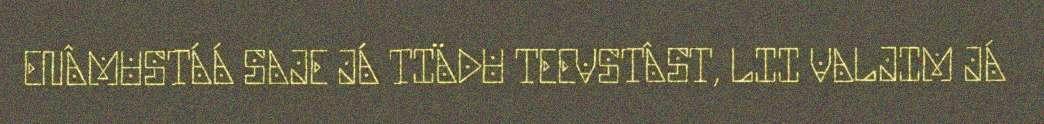
ENÂMUSTÁÁ SAJE JÁ TIÄDU TEEVSTÂST, LII VALJIM JÁ